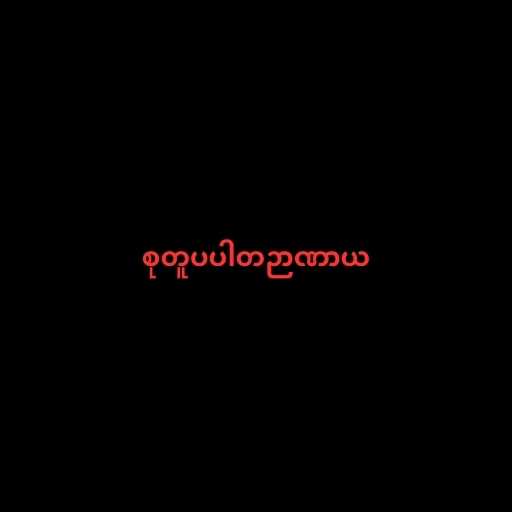
စုတူပပါတဉာဏာယ